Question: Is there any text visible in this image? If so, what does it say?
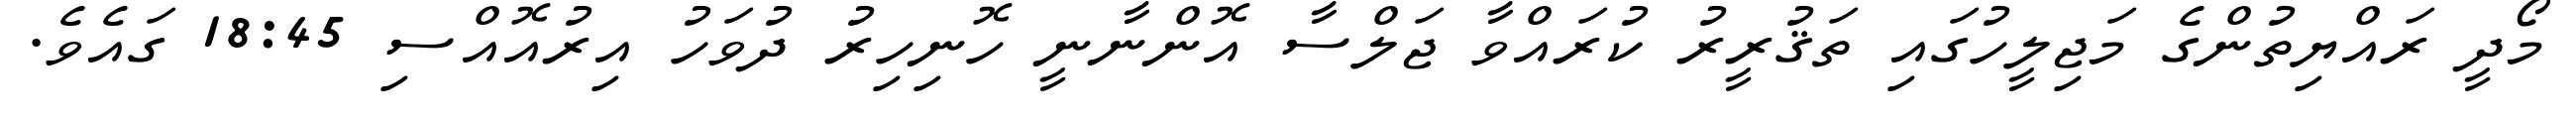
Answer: މޯދީ ރައްޔިތުންގެ މަޖިލީހުގައި ތަޤުރީރު ކުރައްވާ ޖަލްސާ އޮންނާނީ ހޮނިހިރު ދުވަހު އިރުއޮއްސި 18:45 ގައެވެ.